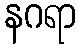
နဂရာ